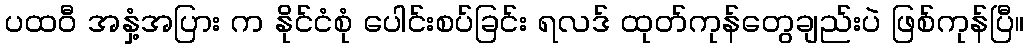
ပထဝီ အနှံ့အပြား က နိုင်ငံစုံ ပေါင်းစပ်ခြင်း ရလဒ် ထုတ်ကုန်တွေချည်းပဲ ဖြစ်ကုန်ပြီ။